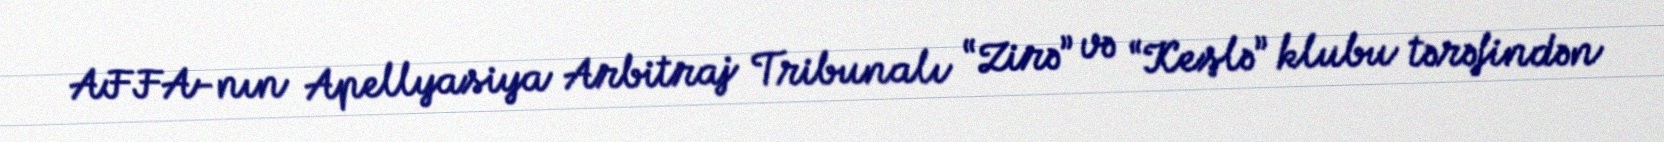
AFFA-nın Apellyasiya Arbitraj Tribunalı “Zirə” və “Keşlə” klubu tərəfindən